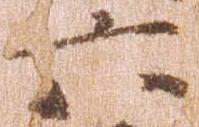
六